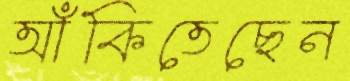
আঁকিতেছেন